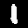
Label: 1